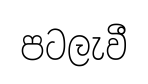
පටලැවී